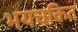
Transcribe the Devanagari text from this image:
भयचकित